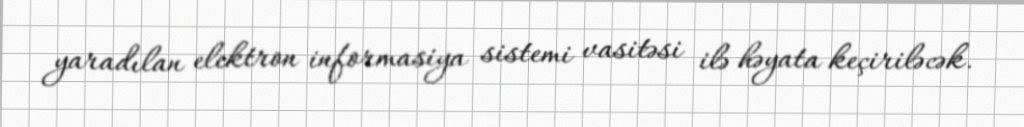
yaradılan elektron informasiya sistemi vasitəsi ilə həyata keçiriləcək.